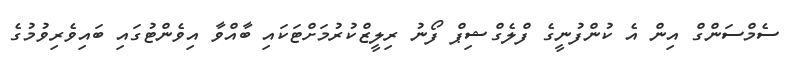
ސެމްސަންގް އިން އެ ކުންފުނީގެ ފްލެގްޝިޕް ފޯނު ރިލީޒްކުރުމަށްޓަކައި ބާއްވާ އިވެންޓުގައި ބައިވެރިވުމުގެ